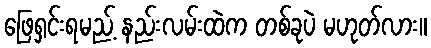
ဖြေရှင်းရမည့် နည်းလမ်းထဲက တစ်ခုပဲ မဟုတ်လား။